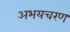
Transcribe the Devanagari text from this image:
अभयचरण